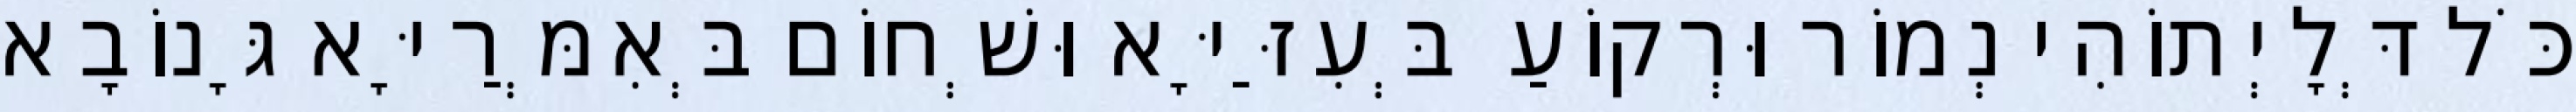
כֹּל דְּלָיְתוֹהִי נְמוֹר וּרְקוֹעַ בְּעִזַּיָּא וּשְׁחוֹם בְּאִמְּרַיָּא גָּנוֹבָא